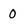
Character: 0